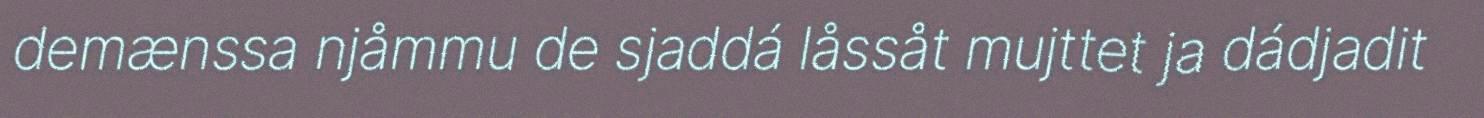
demænssa njåmmu de sjaddá låssåt mujttet ja dádjadit